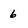
Character: 6